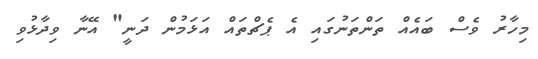
މިހާރު ވެސް ބައެއް ތަންތަނުގައި އެ ޕެޗްތައް އަޅަމުން ދަނީ" އޭނާ ވިދާޅުވި